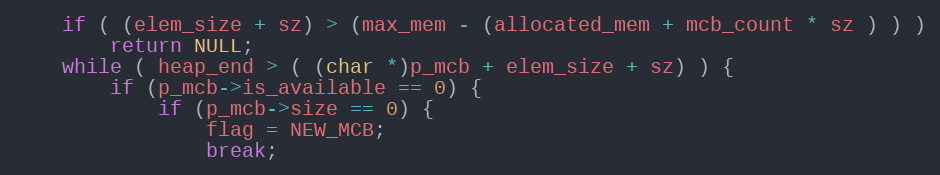
Language: C
	if ( (elem_size + sz) > (max_mem - (allocated_mem + mcb_count * sz ) ) )
		return NULL;
	while ( heap_end > ( (char *)p_mcb + elem_size + sz) ) {
		if (p_mcb->is_available == 0) {
			if (p_mcb->size == 0) {
				flag = NEW_MCB;
				break;